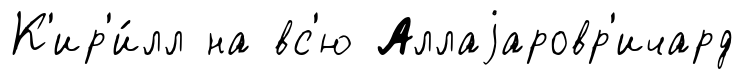
К'ир'и́лл на вс'ю Аллаjаровр'ичард